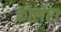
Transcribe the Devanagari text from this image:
कालेरा